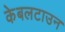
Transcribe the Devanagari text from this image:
केबलटाउन